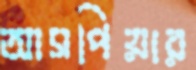
আসপিয়ার